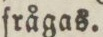
frågas.